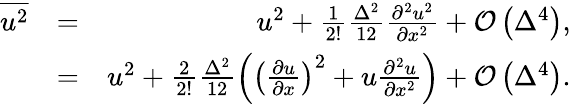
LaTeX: \begin{array}{rlr}{\overline{{{u^{2}}}}}&{=}&{u^{2}+\frac{1}{2!}\frac{\Delta^{2}}{12}\frac{\partial^{2}u^{2}}{\partial x^{2}}+\mathcal{O}\left(\Delta^{4}\right),}\\ &{=}&{u^{2}+\frac{2}{2!}\frac{\Delta^{2}}{12}\left(\left(\frac{\partial u}{\partial x}\right)^{2}+u\frac{\partial^{2}u}{\partial x^{2}}\right)+\mathcal{O}\left(\Delta^{4}\right).}\end{array}